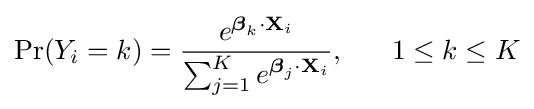
\Pr(Y_{i}=k)={\frac {e^{{\boldsymbol {\beta }}_{k}\cdot \mathbf {X} _{i}}}{\sum _{j=1}^{K}e^{{\boldsymbol {\beta }}_{j}\cdot \mathbf {X} _{i}}}},\;\;\;\;\;\;1\leq k\leq K